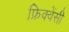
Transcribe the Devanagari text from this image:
फ्रिक्‍वेंसी